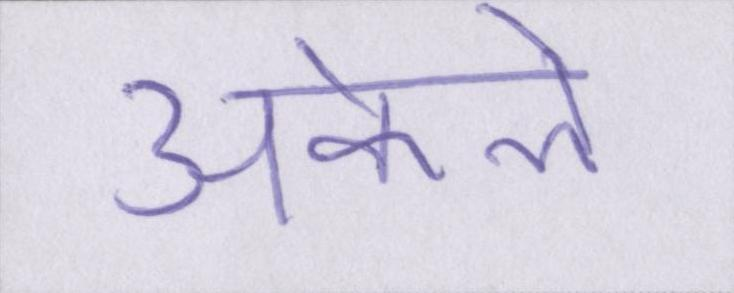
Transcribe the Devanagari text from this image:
अकेले